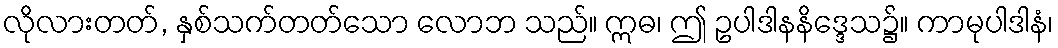
လိုလားတတ်, နှစ်သက်တတ်သော လောဘ သည်။ ဣဓ၊ ဤ ဥပါဒါနနိဒ္ဒေသ၌။ ကာမုပါဒါနံ၊